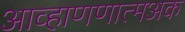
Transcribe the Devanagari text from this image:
आव्हाणणात्मअक